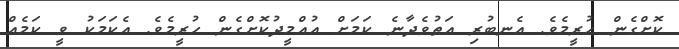
ކޮށްގެން ހުރީމެވެ. އެނބުރި އަތުވެދާނެ ކަމަށް އުއްމީދުކޮށްގެން ހުރީމެވެ. އެކަމަކު ވީ ކަމެއް